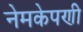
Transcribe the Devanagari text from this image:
नेमकेपणी